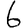
Digit: 6